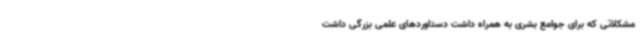
مشکلاتی که برای جوامع بشری به همراه داشت دستاوردهای علمی بزرگی داشت